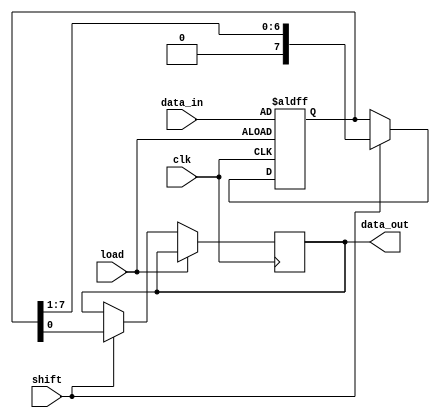
module PISO_Register (
    input wire [7:0] data_in,   // 8-bit parallel data input
    input wire load,            // Asynchronous load control signal
    input wire shift,           // Shift control signal
    input wire clk,             // Clock signal
    output reg data_out         // Serial data output
);

    reg [7:0] register;         // Internal 8-bit register

    always @(posedge clk or posedge load) begin
        if (load) begin
            // Load data into the register when load signal is high
            register <= data_in;
        end else if (shift) begin
            // Shift data out serially when shift signal is high
            data_out <= register[0];      // Output the LSB
            register <= {1'b0, register[7:1]}; // Shift the register to the right
        end
    end

endmodule